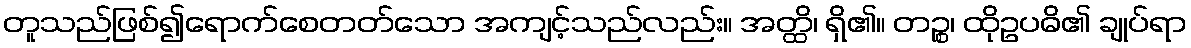
တူသည်ဖြစ်၍ရောက်စေတတ်သော အကျင့်သည်လည်း။ အတ္ထိ၊ ရှိ၏။ တဉ္စ၊ ထိုဥပဓိ၏ ချုပ်ရာ